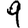
Digit: 9